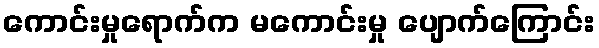
ကောင်းမှုရောက်က မကောင်းမှု ပျောက်ကြောင်း